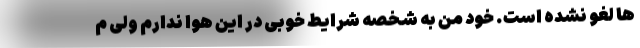
ها لغو نشده است. خود من به شخصه شرایط خوبی در این هوا ندارم ولی م